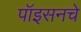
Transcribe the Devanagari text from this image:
पॉइसनचे